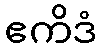
ဧကိဒံ